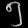
Digit: ၅